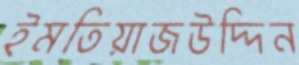
ইমতিয়াজউদ্দিন